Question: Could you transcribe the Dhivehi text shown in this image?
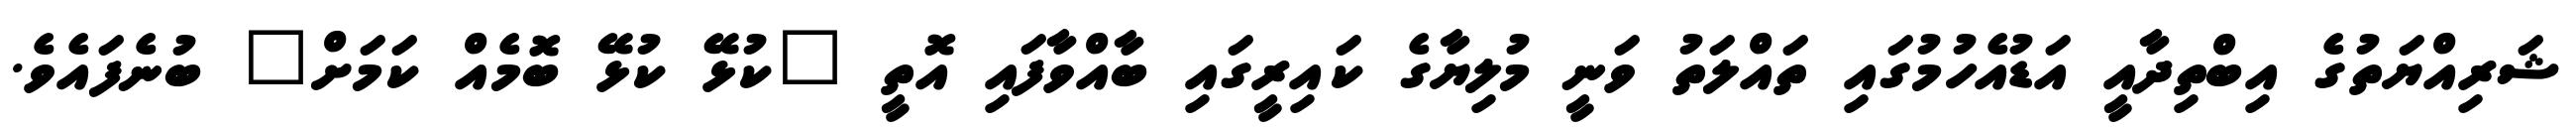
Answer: ޝަރިއްޔަތުގެ އިބްތިދާއީ އަޑުއެހުމުގައި ތައްލަތު ވަނީ މުލިޔާގެ ކައިރީގައި ބާއްވާފައި އޮތީ "ކުޅޭ ކުޅޭ ބޮމެއް ކަމަށް" ބުނެފައެވެ.